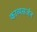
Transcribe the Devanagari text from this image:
काव्यसर्जन